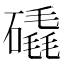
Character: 𥕹